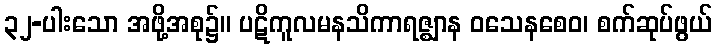
၃၂-ပါးသော အဖို့အစု၌။ ပဋိကူလမနသိကာရဇ္ဈာန ဝသေနစေဝ၊ စက်ဆုပ်ဖွယ်